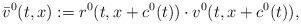
LaTeX: \begin{align*}\bar v^0(t,x):=r^0(t,x+c^0(t))\cdot v^0(t,x+c^0(t)), \end{align*}